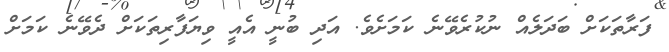
ފަރާތަކަށް ބަދަލެއް ނުކުރެވޭނެ ކަމަށެވެ. އަދި ބުނީ އެއީ ވިޔަފާރިތަކަށް ދެވޭނެ ކަމަށް